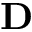
\ensuremath \mathbf { D }